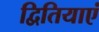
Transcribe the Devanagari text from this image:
द्वितियाएं